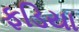
ફડિયા